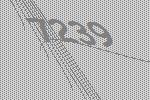
7239